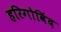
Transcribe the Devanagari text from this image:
हरिगोविंद